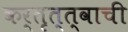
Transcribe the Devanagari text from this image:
कर्तृत्त्वाची